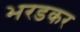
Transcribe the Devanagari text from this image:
भरडकर